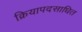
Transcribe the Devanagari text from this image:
क्रियापदसाधित